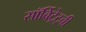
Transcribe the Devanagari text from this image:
सॉर्बिट्रेट्ची